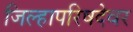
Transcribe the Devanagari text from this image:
जिल्हापरिषदेवर